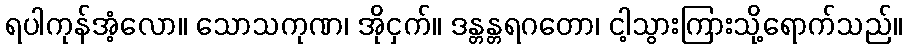
ရပါကုန်အံ့လော။ သောသကုဏ၊ အိုငှက်။ ဒန္တန္တရဂတော၊ ငါ့သွားကြားသို့ရောက်သည်။